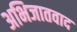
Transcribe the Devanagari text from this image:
अभिजातवाद